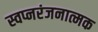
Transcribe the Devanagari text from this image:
स्वप्नरंजनात्मक